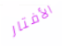
الأفتار